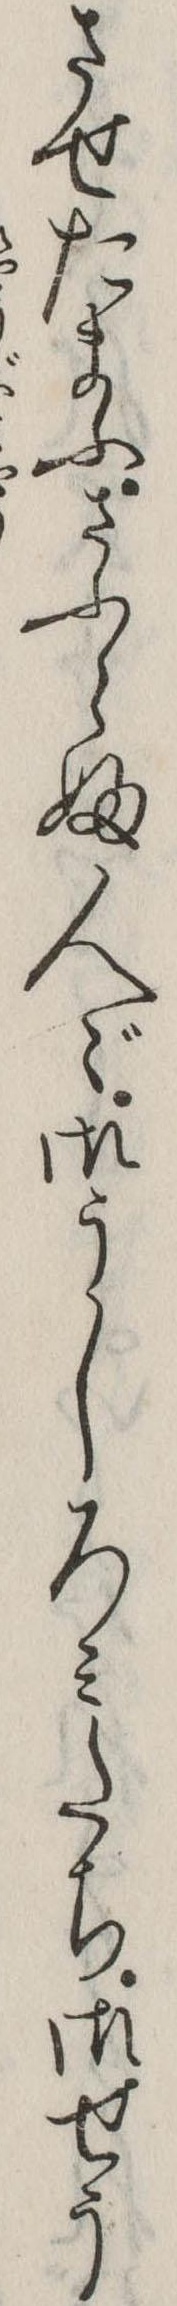
させたまふさふらふ人々御うしろみたち御せう